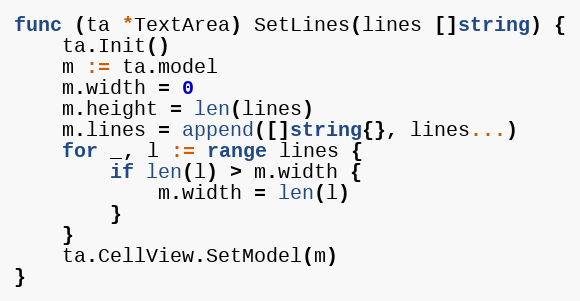
Language: Go
func (ta *TextArea) SetLines(lines []string) {
	ta.Init()
	m := ta.model
	m.width = 0
	m.height = len(lines)
	m.lines = append([]string{}, lines...)
	for _, l := range lines {
		if len(l) > m.width {
			m.width = len(l)
		}
	}
	ta.CellView.SetModel(m)
}